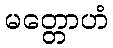
မတ္တောဟံ